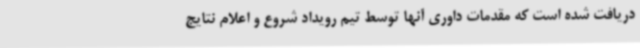
دریافت شده است که مقدمات داوری آنها توسط تیم رویداد شروع و اعلام نتایج